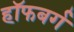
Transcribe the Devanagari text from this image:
हॉफबर्ग